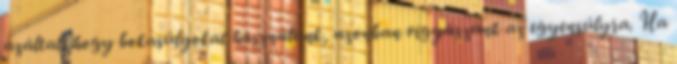
azáltal, hogy bokasúlyokat használunk, azonban vigyázzunk az egyensúlyra. Ha